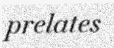
prelates